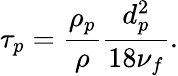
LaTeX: \tau_{p}=\frac{\rho_{p}}{\rho}\frac{d_{p}^{2}}{18\nu_{f}}.